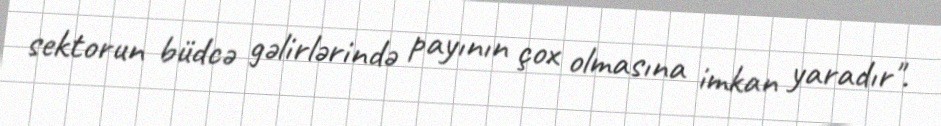
sektorun büdcə gəlirlərində payının çox olmasına imkan yaradır".